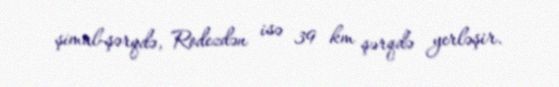
şimal-şərqdə, Rodezdən isə 39 km şərqdə yerləşir.